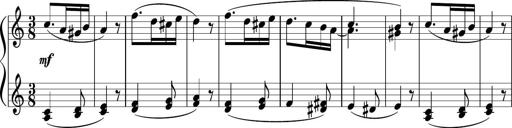
Title: 4 Sonatinas
Composer: Jacob Schmitt